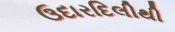
ઉદારદિલીથી